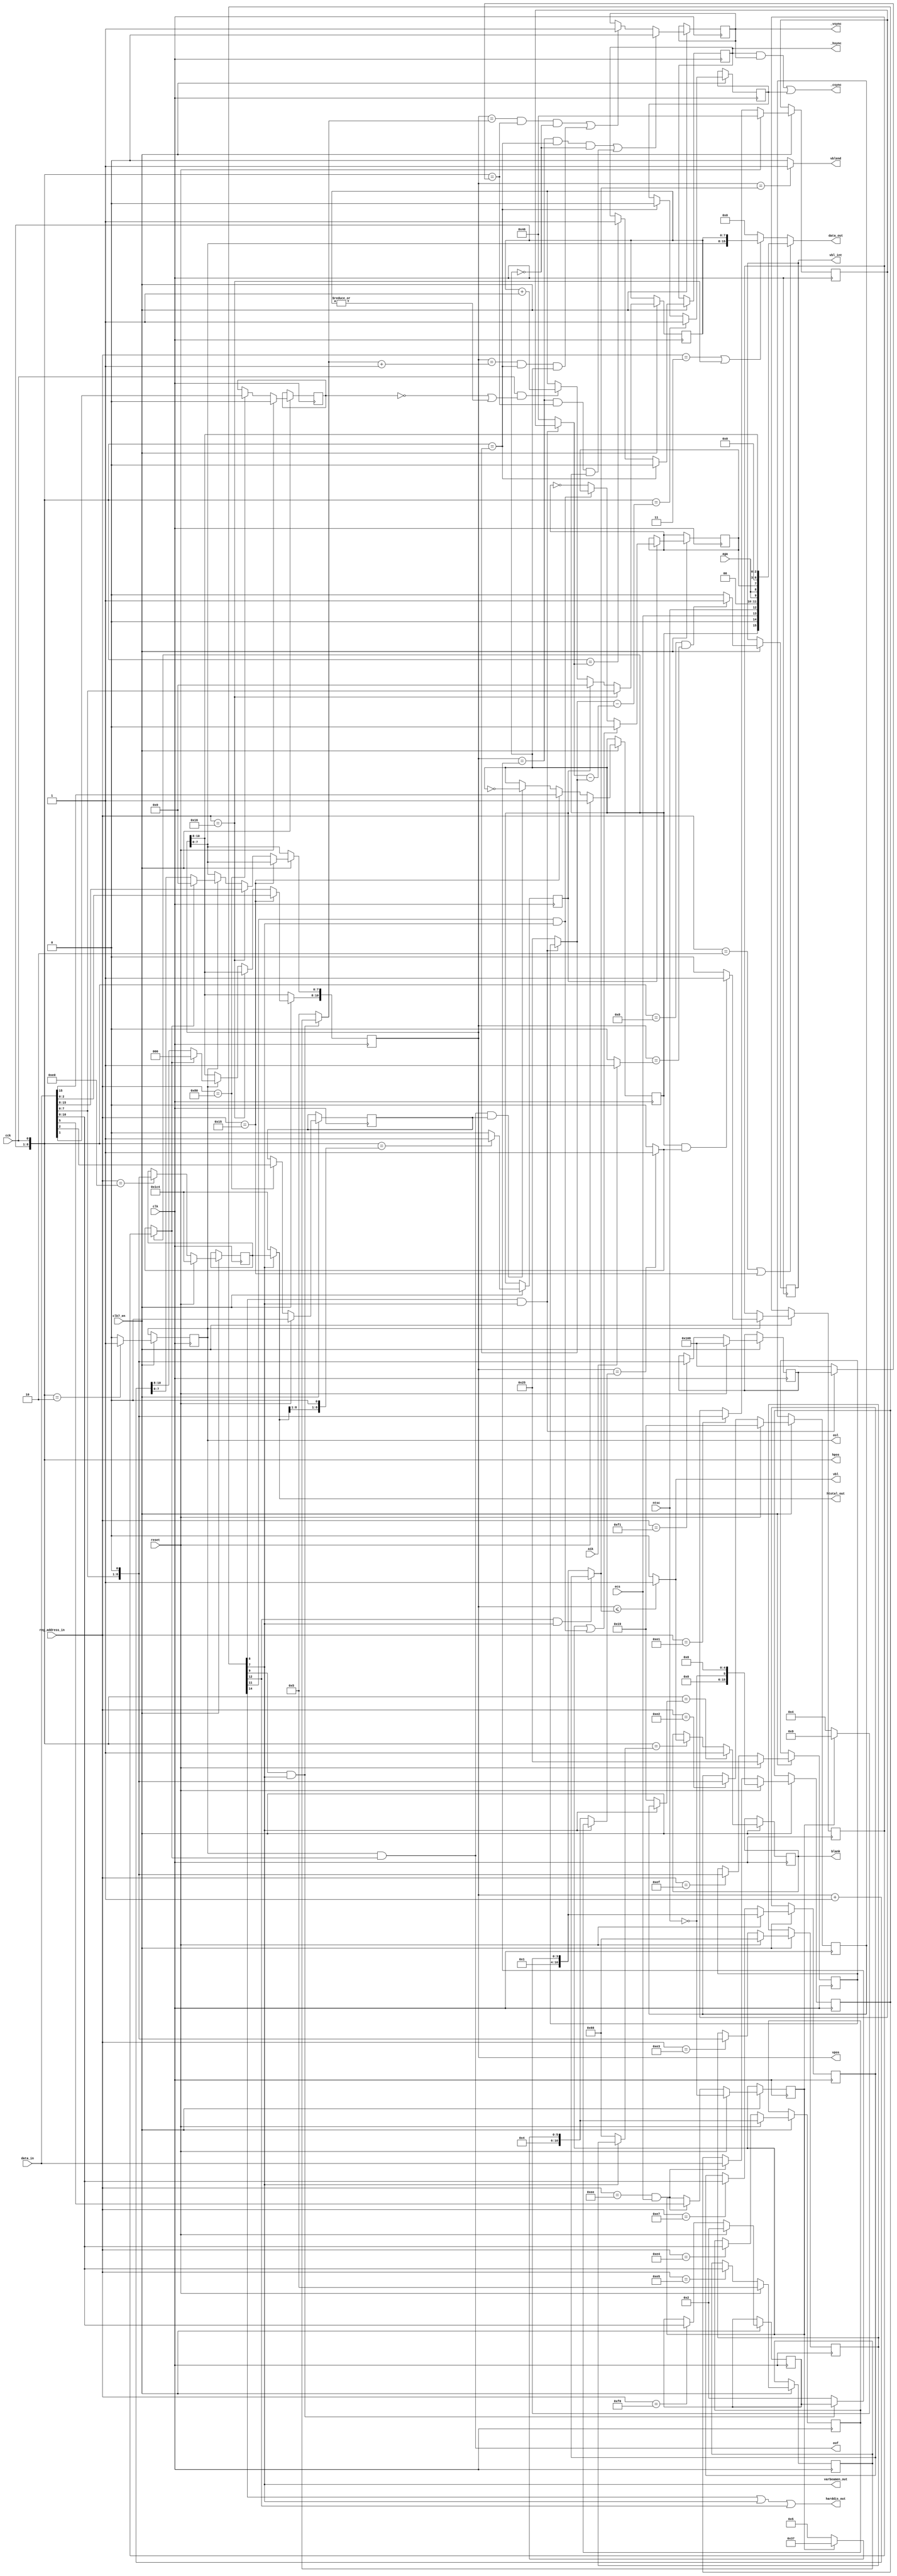
////////////////////////////////////////////////////////////////////////////////
//                                                                            //
// Copyright 2006, 2007 Dennis van Weeren                                     //
//                                                                            //
// This file is part of Minimig                                               //
//                                                                            //
// Minimig is free software; you can redistribute it and/or modify            //
// it under the terms of the GNU General Public License as published by       //
// the Free Software Foundation; either version 3 of the License, or          //
// (at your option) any later version.                                        //
//                                                                            //
// Minimig is distributed in the hope that it will be useful,                 //
// but WITHOUT ANY WARRANTY; without even the implied warranty of             //
// MERCHANTABILITY or FITNESS FOR A PARTICULAR PURPOSE.  See the              //
// GNU General Public License for more details.                               //
//                                                                            //
// You should have received a copy of the GNU General Public License          //
// along with this program.  If not, see <http://www.gnu.org/licenses/>.      //
//                                                                            //
////////////////////////////////////////////////////////////////////////////////
//                                                                            //
// Agnus beamcounter                                                          //
//                                                                            //
////////////////////////////////////////////////////////////////////////////////


module agnus_beamcounter
(
	input	clk,					// bus clock
  input clk7_en,
	input	reset,					// reset
	input	cck,					// CCK clock
	input	ntsc,					// NTSC mode switch
  input aga,
	input	ecs,					// ECS enable switch
	input	a1k,					// enable A1000 VBL interrupt timing
	input	[15:0] data_in,			// bus data in
	output	reg [15:0] data_out,	// bus data out
	input 	[8:1] reg_address_in,	// register address inputs
	output	reg [8:0] hpos,			// horizontal beam counter (140ns)
	output	reg [10:0] vpos,		// vertical beam counter
	output	reg _hsync,				// horizontal sync
	output	reg _vsync,				// vertical sync
	output	_csync,					// composite sync
	output	reg blank,				// video blanking
	output	vbl,					// vertical blanking
	output	vblend,					// last line of vertival blanking
	output	eol,					// end of video line
	output	eof,					// end of video frame
	output	reg vbl_int,			// vertical interrupt request (for Paula)
	output	[8:0] htotal_out,			// video line length
  output harddis_out,
  output varbeamen_out
);

// local beam position counters
reg		ersy;
reg		lace;

//local signals for beam counters and sync generator
reg		long_frame;		// 1 : long frame (313 lines); 0 : normal frame (312 lines)
reg		pal;			// pal mode switch
reg		long_line;		// long line signal for NTSC compatibility (actually long lines are not supported yet)
reg		vser;			// vertical sync serration pulses for composite sync

//register names and adresses		
parameter	VPOSR    = 9'h004;
parameter	VPOSW    = 9'h02A;
parameter	VHPOSR   = 9'h006;
parameter	VHPOSW   = 9'h02C;
parameter	BPLCON0  = 9'h100;
parameter	HTOTAL   = 9'h1C0;
parameter	HSSTOP   = 9'h1C2;
parameter	HBSTRT   = 9'h1C4;
parameter	HBSTOP   = 9'h1C6;
parameter	VTOTAL   = 9'h1C8;
parameter	VSSTOP   = 9'h1CA;
parameter	VBSTRT   = 9'h1CC;
parameter	VBSTOP   = 9'h1CE;
parameter	HSSTRT   = 9'h1DE;
parameter	BEAMCON0 = 9'h1DC;
parameter	VSSTRT   = 9'h1E0;
parameter	HCENTER  = 9'h1E2;

parameter	HBSTRT_VAL      = 17+4+4;	// horizontal blanking start
parameter	HSSTRT_VAL      = 29+4+4;	// front porch = 1.6us (29)
parameter	HSSTOP_VAL      = 63-1+4+4;	// hsync pulse duration = 4.7us (63)
parameter	HBSTOP_VAL      = 103-5+4;	// back porch = 4.7us (103) shorter blanking for overscan visibility
parameter	HCENTER_VAL     = 256+4+4;	// position of vsync pulse during the long field of interlaced screen
parameter	VSSTRT_VAL      = 2; //3	// vertical sync start
parameter	VSSTOP_VAL      = 5;	// PAL vsync width: 2.5 lines (NTSC: 3 lines - not implemented)
parameter	VBSTRT_VAL      = 0;	// vertical blanking start
parameter HTOTAL_VAL      = 8'd227 - 8'd1; // line length of 227 CCKs in PAL mode (NTSC line length of 227.5 CCKs is not supported)
parameter VTOTAL_PAL_VAL  = 11'd312 - 11'd1; // total number of lines (PAL: 312 lines, NTSC: 262)
parameter VTOTAL_NTSC_VAL = 11'd262 - 11'd1; // total number of lines (PAL: 312 lines, NTSC: 262)
parameter VBSTOP_PAL_VAL  = 9'd25; // vertical blanking end (PAL 26 lines, NTSC vblank 21 lines)
parameter VBSTOP_NTSC_VAL = 9'd20; // vertical blanking end (PAL 26 lines, NTSC vblank 21 lines)

//wire	[8:0] vbstop;		// vertical blanking stop

reg		end_of_line;
wire	end_of_frame;

reg 	vpos_inc;			// increase vertical position counter
wire 	vpos_equ_vtotal;	// vertical beam counter is equal to its maximum count (in interlaced mode it counts one line more)
reg		extra_line;			// extra line (used in interlaced mode)
wire	last_line;			// indicates the last line is displayed (in non-interlaced mode vpos equals to vtotal, in interlaced mode vpos equals to vtotal+1)


//beam position output signals
//assign	htotal = 8'd227 - 8'd1;                           // line length of 227 CCKs in PAL mode (NTSC line length of 227.5 CCKs is not supported)
//assign	vtotal = pal ? VTOTAL_PAL_VAL : VTOTAL_NTSC_VAL;  // total number of lines (PAL: 312 lines, NTSC: 262)
//assign	vbstop = pal ? VBSTOP_PAL_VAL : VBSTOP_NTSC_VAL;  // vertical blanking end (PAL 26 lines, NTSC vblank 21 lines)

//first visible line $1A (PAL) or $15 (NTSC)
//sprites are fetched on line $19 (PAL) or $14 (NTSC) - vblend signal used to tell Agnus to fetch sprites during the last vertical blanking line

//--------------------------------------------------------------------------------------

//beamcounter read registers VPOSR and VHPOSR
always @(*)
	if (reg_address_in[8:1]==VPOSR[8:1] || reg_address_in[8:1]==VPOSW[8:1])
		data_out[15:0] = {long_frame,1'b0,ecs,ntsc,2'b00,{2{aga}},long_line,4'b0000,vpos[10:8]};
	else if (reg_address_in[8:1]==VHPOSR[8:1] || reg_address_in[8:1]==VHPOSW[8:1])
		data_out[15:0] = {vpos[7:0],hpos[8:1]};
	else
		data_out[15:0] = 0;

// BEAMCON0 register
reg [15:0] beamcon0_reg;
always @ (posedge clk) begin
  if (clk7_en) begin
    if (reset)
      beamcon0_reg <= #1 {10'b0, ~ntsc, 5'b0};
    else if ((reg_address_in[8:1] == BEAMCON0[8:1]) && ecs)
      beamcon0_reg <= #1 data_in[15:0];
  end
end

wire harddis      = beamcon0_reg[14];
wire lpendis      = beamcon0_reg[13];
wire varvben      = beamcon0_reg[12];
wire loldis       = beamcon0_reg[11];
wire cscben       = beamcon0_reg[10];
wire varvsyen     = beamcon0_reg[ 9];
wire varhsyen     = beamcon0_reg[ 8];
wire varbeamen    = beamcon0_reg[ 7];
wire displaydual  = beamcon0_reg[ 6];
wire displaypal   = beamcon0_reg[ 5];
wire varcsyen     = beamcon0_reg[ 4];
wire blanken      = beamcon0_reg[ 3];
wire csynctrue    = beamcon0_reg[ 2];
wire vsynctrue    = beamcon0_reg[ 1];
wire hsynctrue    = beamcon0_reg[ 0];



// write ERSY bit of bplcon0 register (External ReSYnchronization - genlock)
always @(posedge clk)
  if (clk7_en) begin
  	if (reset)
  		ersy <= 1'b0;
  	else if (reg_address_in[8:1] == BPLCON0[8:1])
  		ersy <= data_in[1];
  end
		
//BPLCON0 register
always @(posedge clk)
  if (clk7_en) begin
  	if (reset)
  		lace <= 1'b0;
  	else if (reg_address_in[8:1]==BPLCON0[8:1])
  		lace <= data_in[2];
  end

//BEAMCON0 register
always @(posedge clk)
  if (clk7_en) begin
  	if (reset)
  		pal <= ~ntsc;
  	else if (reg_address_in[8:1]==BEAMCON0[8:1] && ecs)
  		pal <= data_in[5];
  end

// programmable display mode regs
reg [ 8:0] htotal_reg;
reg [ 8:0] hsstrt_reg;
reg [ 8:0] hsstop_reg;
reg [ 8:0] hcenter_reg;
reg [ 8:0] hbstrt_reg; // not correct size, this should have [10:0]
reg [ 8:0] hbstop_reg;
reg [10:0] vtotal_reg;
reg [10:0] vsstrt_reg;
reg [10:0] vsstop_reg;
reg [10:0] vbstrt_reg;
reg [10:0] vbstop_reg;

always @ (posedge clk) begin
  if (clk7_en) begin
    if (reset) begin
      htotal_reg  <= #1 HTOTAL_VAL << 1;
      hsstrt_reg  <= #1 HSSTRT_VAL;
      hsstop_reg  <= #1 HSSTOP_VAL;
      hcenter_reg <= #1 HCENTER_VAL;
      hbstrt_reg  <= #1 HBSTRT_VAL;
      hbstop_reg  <= #1 HBSTOP_VAL;
      vtotal_reg  <= #1 pal ? VTOTAL_PAL_VAL : VTOTAL_NTSC_VAL;
      vsstrt_reg  <= #1 VSSTRT_VAL;
      vsstop_reg  <= #1 VSSTOP_VAL;
      vbstrt_reg  <= #1 VBSTRT_VAL;
      vbstop_reg  <= #1 pal ? VBSTOP_PAL_VAL : VBSTOP_NTSC_VAL;
    end else begin
      case (reg_address_in[8:1])
        HTOTAL [8:1] : htotal_reg  <= #1 {data_in[ 7:0], 1'b0};
        HSSTRT [8:1] : hsstrt_reg  <= #1 {data_in[ 7:0], 1'b0};
        HSSTOP [8:1] : hsstop_reg  <= #1 {data_in[ 7:0], 1'b0};
        HCENTER[8:1] : hcenter_reg <= #1 {data_in[ 7:0], 1'b0};
        HBSTRT [8:1] : hbstrt_reg  <= #1 {data_in[ 7:0], 1'b0}; // TODO fix this
        HBSTOP [8:1] : hbstop_reg  <= #1 {data_in[ 7:0], 1'b0};
        VTOTAL [8:1] : vtotal_reg  <= #1 {data_in[10:0]};
        VSSTRT [8:1] : vsstrt_reg  <= #1 {data_in[10:0]};
        VSSTOP [8:1] : vsstop_reg  <= #1 {data_in[10:0]};
        VBSTRT [8:1] : vbstrt_reg  <= #1 {data_in[10:0]};
        VBSTOP [8:1] : vbstop_reg  <= #1 {data_in[10:0]};
      endcase
    end
  end
end

// programmable display mode values
wire [ 8:0] htotal;   // line length of 227 CCKs in PAL mode (NTSC line length of 227.5 CCKs is not supported)
wire [ 8:0] hsstrt;
wire [ 8:0] hsstop;
wire [ 8:0] hcenter;
wire [ 8:0] hbstrt;
wire [ 8:0] hbstop;
wire [10:0] vtotal;
wire [10:0] vsstrt;
wire [10:0] vsstop;
wire [10:0] vbstrt;
wire [10:0] vbstop;

assign htotal  =             varbeamen ? htotal_reg  : HTOTAL_VAL << 1;
assign hsstrt  = varhsyen && varbeamen ? hsstrt_reg  : HSSTRT_VAL;
assign hsstop  = varhsyen && varbeamen ? hsstop_reg  : HSSTOP_VAL;
assign hcenter = varhsyen && varbeamen ? hcenter_reg : HCENTER_VAL;
assign hbstrt  =             varbeamen ? hbstrt_reg  : HBSTRT_VAL;
assign hbstop  =             varbeamen ? hbstop_reg  : HBSTOP_VAL;
assign vtotal  =             varbeamen ? vtotal_reg  : pal ? VTOTAL_PAL_VAL : VTOTAL_NTSC_VAL;
assign vsstrt  = varvsyen && varbeamen ? vsstrt_reg  : VSSTRT_VAL;
assign vsstop  = varvsyen && varbeamen ? vsstop_reg  : VSSTOP_VAL;
assign vbstrt  = varvben  && varbeamen ? vbstrt_reg  : VBSTRT_VAL;
assign vbstop  = varvben  && varbeamen ? vbstop_reg  : pal ? VBSTOP_PAL_VAL : VBSTOP_NTSC_VAL;

assign htotal_out    = htotal;
assign harddis_out   = harddis || varbeamen || varvben;
assign varbeamen_out = varbeamen;


//--------------------------------------------------------------------------------------//
//                                                                                      //
//   HORIZONTAL BEAM COUNTER                                                            //
//                                                                                      //
//--------------------------------------------------------------------------------------//

//generate start of line signal
always @(posedge clk)
  if (clk7_en) begin
  	if (hpos[8:0]=={htotal[8:1],1'b0})
  		end_of_line <= 1'b1;
  	else
  		end_of_line <= 1'b0;
  end

// horizontal beamcounter
always @(posedge clk)
  if (clk7_en) begin
  	if (reg_address_in[8:1]==VHPOSW[8:1])
  		hpos[8:1] <= data_in[7:0]; 
  	else if (end_of_line)
  		hpos[8:1] <= 0;
  	else if (cck && (~ersy || |hpos[8:1]))
  		hpos[8:1] <= hpos[8:1] + 1'b1;
  end

always @(cck)
	hpos[0] = cck;

//long line signal (not used, only for better NTSC compatibility)
always @(posedge clk)
  if (clk7_en) begin
  	if (end_of_line)
  		if (pal || (loldis && varbeamen))
  			long_line <= 1'b0;
  		else if (!(loldis && varbeamen))
  			long_line <= ~long_line;
  end

//--------------------------------------------------------------------------------------//
//                                                                                      //
//   VERTICAL BEAM COUNTER                                                              //
//                                                                                      //
//--------------------------------------------------------------------------------------//

//vertical counter increase
always @(posedge clk)
  if (clk7_en) begin
  	if (hpos==2) //actual chipset works in this way
  		vpos_inc <= 1'b1;
  	else
  		vpos_inc <= 1'b0;
  end

//external signals assigment
assign eol = vpos_inc;

//vertical position counter
//vpos changes after hpos equals 3
always @(posedge clk)
  if (clk7_en) begin
  	if (reg_address_in[8:1]==VPOSW[8:1])
  		vpos[10:8] <= data_in[2:0];
  	else if (reg_address_in[8:1]==VHPOSW[8:1])
  		vpos[7:0] <= data_in[15:8];
  	else if (vpos_inc)
  		if (last_line)
  			vpos <= 0;
  		else
  			vpos <= vpos + 1'b1;
  end

// long_frame - long frame signal used in interlaced mode
always @(posedge clk)
  if (clk7_en) begin
  	if (reset)
  		long_frame <= 1'b1;
  	else if (reg_address_in[8:1]==VPOSW[8:1])
  		long_frame <= data_in[15];
  	else if (end_of_frame && lace) // interlace
  		long_frame <= ~long_frame;
  end

//maximum position of vertical beam position
assign vpos_equ_vtotal = vpos==vtotal ? 1'b1 : 1'b0;

//extra line in interlaced mode	
always @(posedge clk)
  if (clk7_en) begin
  	if (vpos_inc)
  		if (long_frame && vpos_equ_vtotal)
  			extra_line <= 1'b1;
  		else
  			extra_line <= 1'b0;
  end

//in non-interlaced display the last line is equal to vtotal or vtotal+1 (depends on long_frame)
//in interlaced mode every second frame is vtotal+1 long
assign last_line = long_frame ? extra_line : vpos_equ_vtotal;

//generate end of frame signal
assign end_of_frame = vpos_inc & last_line;

//external signal assigment
assign eof = end_of_frame;

always @(posedge clk)
  if (clk7_en) begin
  	vbl_int <= hpos==8 && vpos==(a1k ? 1 : 0) ? 1'b1 : 1'b0; // OCS AGNUS CHIPS 8361/8367 assert vbl int in line #1
  end

//--------------------------------------------------------------------------------------//
//                                                                                      //
//  VIDEO SYNC GENERATOR                                                                //
//                                                                                      //
//--------------------------------------------------------------------------------------//

//horizontal sync
always @(posedge clk)
  if (clk7_en) begin
  	if (hpos==hsstrt)//start of sync pulse (front porch = 1.69us)
  		_hsync <= 1'b0;
  	else if (hpos==hsstop)//end of sync pulse (sync pulse = 4.65us)
  		_hsync <= 1'b1;
  end

//vertical sync and vertical blanking
always @(posedge clk)
  if (clk7_en) begin
  	if ((vpos==vsstrt && hpos==hsstrt && !long_frame) || (vpos==vsstrt && hpos==hcenter && long_frame))
  		_vsync <= 1'b0;
  	else if ((vpos==vsstop && hpos==hcenter && !long_frame) || (vpos==vsstop+1 && hpos==hsstrt && long_frame))
  		_vsync <= 1'b1;		
  end

//apparently generating csync from vsync alligned with leading edge of hsync results in malfunction of the AD724 CVBS/S-Video encoder (no colour in interlaced mode)
//to overcome this limitation semi (only present before horizontal sync pulses) vertical sync serration pulses are inserted into csync
always @(posedge clk)//sync
  if (clk7_en) begin
  	if (hpos==hsstrt-(hsstop-hsstrt))//start of sync pulse (front porch = 1.69us)
  		vser <= 1'b1;
  	else if (hpos==hsstrt)//end of sync pulse	(sync pulse = 4.65us)
  		vser <= 1'b0;
  end
		
//composite sync
assign _csync = _hsync & _vsync | vser; //composite sync with serration pulses

//--------------------------------------------------------------------------------------//
//                                                                                      //
//  VIDEO BLANKING GENERATOR                                                            //
//                                                                                      //
//--------------------------------------------------------------------------------------//


//vertical blanking
reg vbl_reg;
always @ (posedge clk) begin
  if (reset)
    vbl_reg <= #1 1'b0;
  else if (vpos == vbstrt)
    vbl_reg <= #1 1'b1;
  else if (vpos == vbstop)
    vbl_reg <= #1 1'b0;
end

assign vbl = (vpos <= vbstop) ? 1'b1 : 1'b0;
//assign vbl = vbl_reg; // TODO

//vertical blanking end (last line)
assign vblend = vpos==vbstop ? 1'b1 : 1'b0;

//composite display blanking		
always @(posedge clk)
  if (clk7_en) begin
  	if (hpos==hbstrt)//start of blanking (active line=51.88us)
  		blank <= 1'b1;
  	else if (hpos==hbstop)//end of blanking (back porch=5.78us)
// TODO 		blank <= vbl_reg;
    blank <= vbl;
  end


endmodule